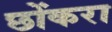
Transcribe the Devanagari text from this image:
छोंकरा